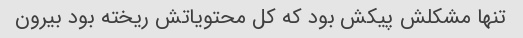
تنها مشکلش پیکش بود که کل محتویاتش ریخته بود بیرون